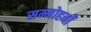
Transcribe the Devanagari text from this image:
सम्मोहनों